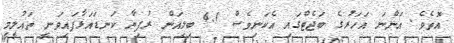
އޮތެވެ. އަންނަ އަހަރުގެ ބަޖެޓްގައި އެކަނިވެސް 4.1 ބިލިއަން ރުފިޔާ ކަނޑައަޅާފައިވަނީ ތައުލީމީ